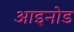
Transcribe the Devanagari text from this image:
आइनोड